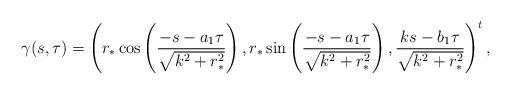
LaTeX: \begin{align*}\gamma(s,\tau)=\left( r_*\cos\left( \frac{-s-a_1\tau}{\sqrt{k^2+r_*^2}}\right), r_*\sin\left( \frac{-s-a_1\tau}{\sqrt{k^2+r_*^2}}\right), \frac{ks-b_1\tau}{\sqrt{k^2+r_*^2}}\right)^t,\end{align*}